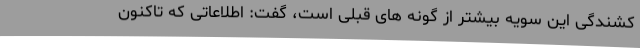
کشندگی این سویه بیشتر از گونه های قبلی است، گفت: اطلاعاتی که تاکنون